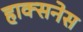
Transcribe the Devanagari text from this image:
हाक्सनेस